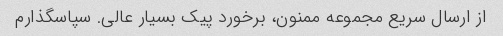
از ارسال سریع مجموعه ممنون، برخورد پیک بسیار عالی. سپاسگذارم